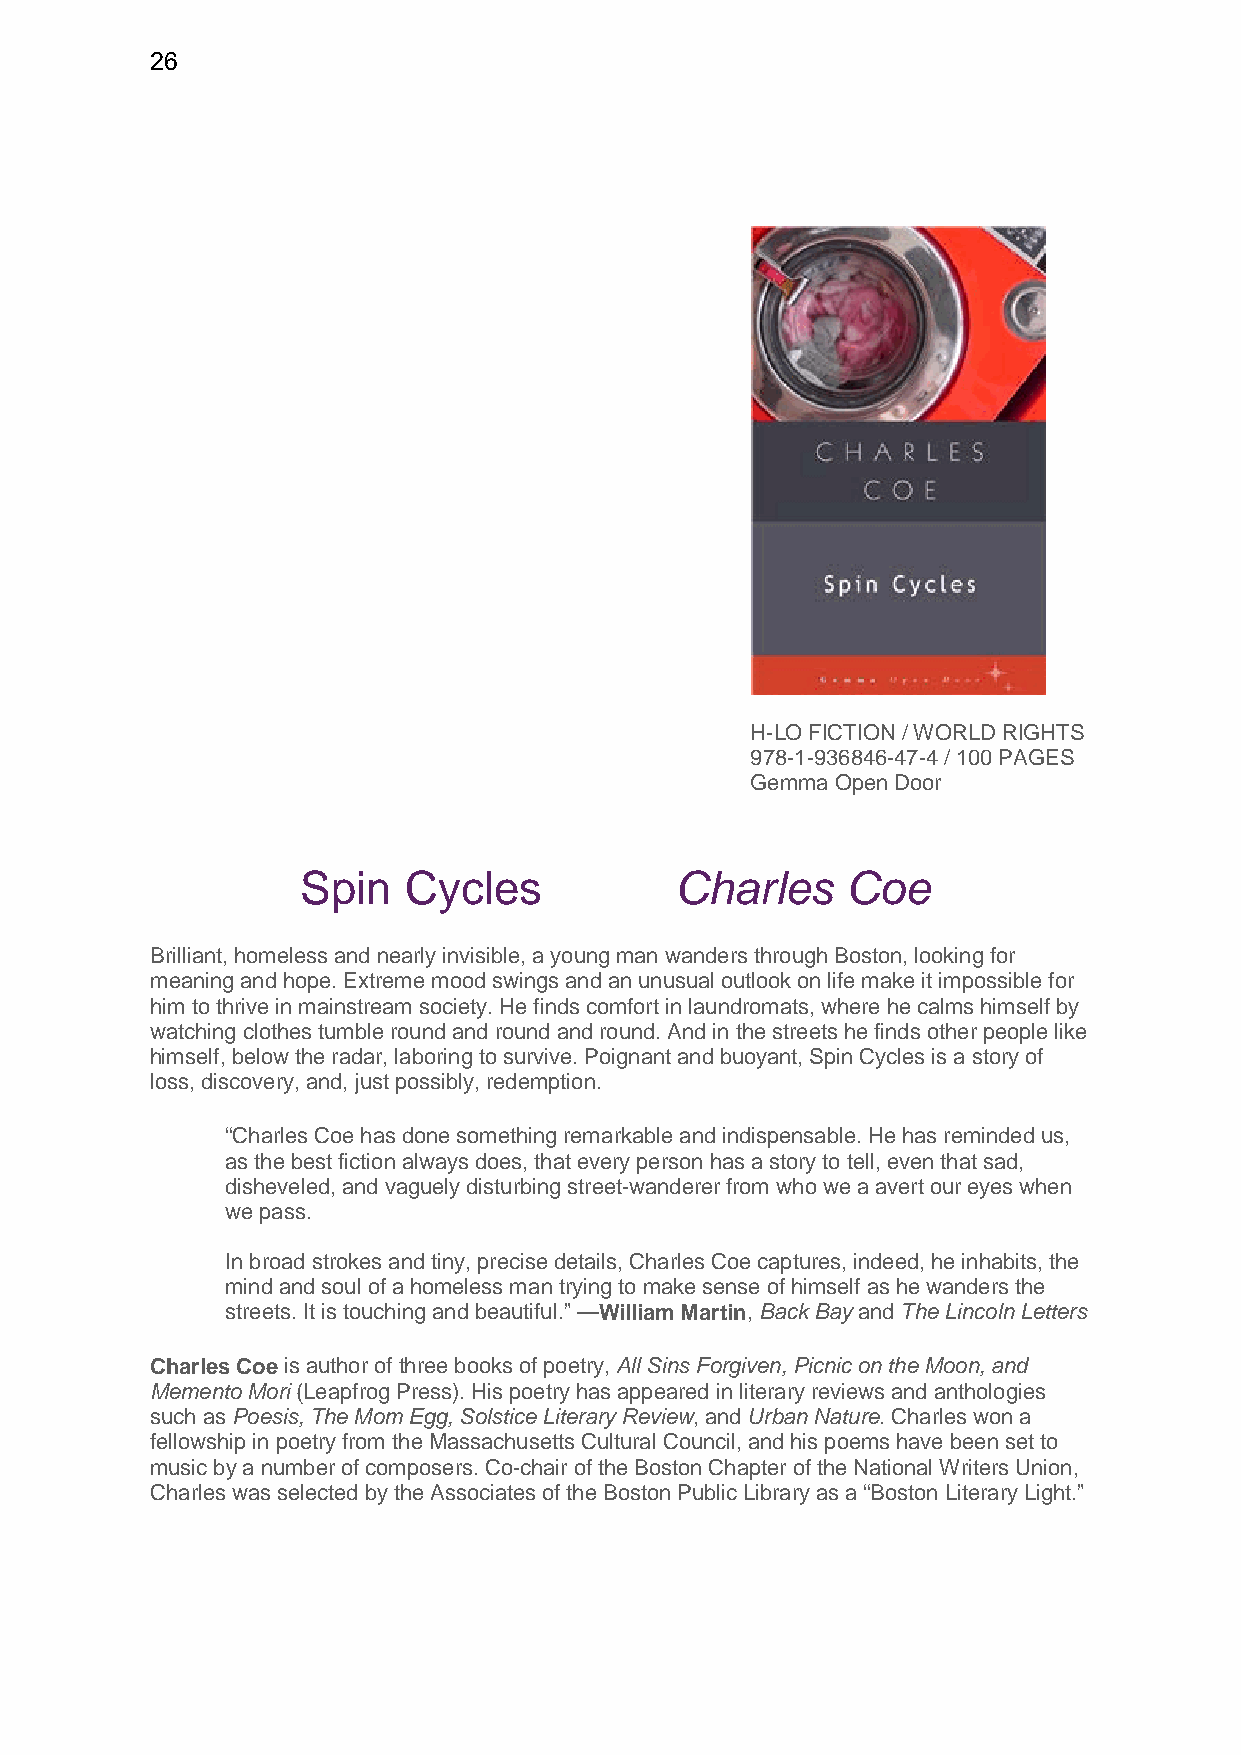
26
 H-LO FICTION / WORLD RIGHTS
 978-1-936846-47-4 / 100 PAGES
 Gemma Open Door
 Spin   Cycles            Charles    Coe
 Brilliant, homeless and nearly invisible, a young man wanders through Boston, looking for
 meaning and hope. Extreme mood swings and an unusual outlook on life make it impossible for
 him to thrive in mainstream society. He finds comfort in laundromats, where he calms himself by
 watching clothes tumble round and round and round. And in the streets he finds other people like
 himself, below the radar, laboring to survive. Poignant and buoyant, Spin Cycles is a story of
 loss, discovery, and, just possibly, redemption.
 “Charles Coe has done something remarkable and indispensable. He has reminded us,
 as the best fiction always does, that every person has a story to tell, even that sad,
 disheveled, and vaguely disturbing street-wanderer from who we a avert our eyes when
 we pass.
 In broad strokes and tiny, precise details, Charles Coe captures, indeed, he inhabits, the
 mind and soul of a homeless man trying to make sense of himself as he wanders the
 streets. It is touching and beautiful.” —William Martin, Back Bay and The Lincoln Letters
 Charles Coe is author of three books of poetry, All Sins Forgiven, Picnic on the Moon, and
 Memento Mori (Leapfrog Press). His poetry has appeared in literary reviews and anthologies
 such as Poesis, The Mom Egg, Solstice Literary Review, and Urban Nature. Charles won a
 fellowship in poetry from the Massachusetts Cultural Council, and his poems have been set to
 music by a number of composers. Co-chair of the Boston Chapter of the National Writers Union,
 Charles was selected by the Associates of the Boston Public Library as a “Boston Literary Light.”